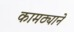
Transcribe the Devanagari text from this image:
कामठ्याने